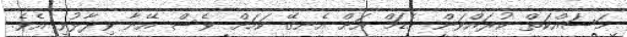
މަަސައްކަތް ކުރައްވަން މެޑަމް އަށް އެނގޭ ކަމަށް ވެސް އޭނާ ވިދާޅުވި އެވެ.